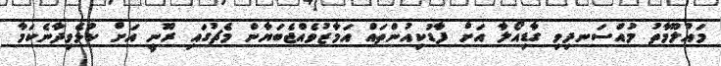
މައުލޫމާތު މުއްސަނދިވި ގާޑިއޯލާ އަށް ފާޑުކިއުންތައް އަމާޒުވެއްޖެބަޔާން މެޗުގައި ރޫނީ އަށް ކުޅެވިދާނެކަމާ